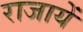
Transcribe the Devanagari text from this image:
राजायें